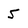
Character: 5